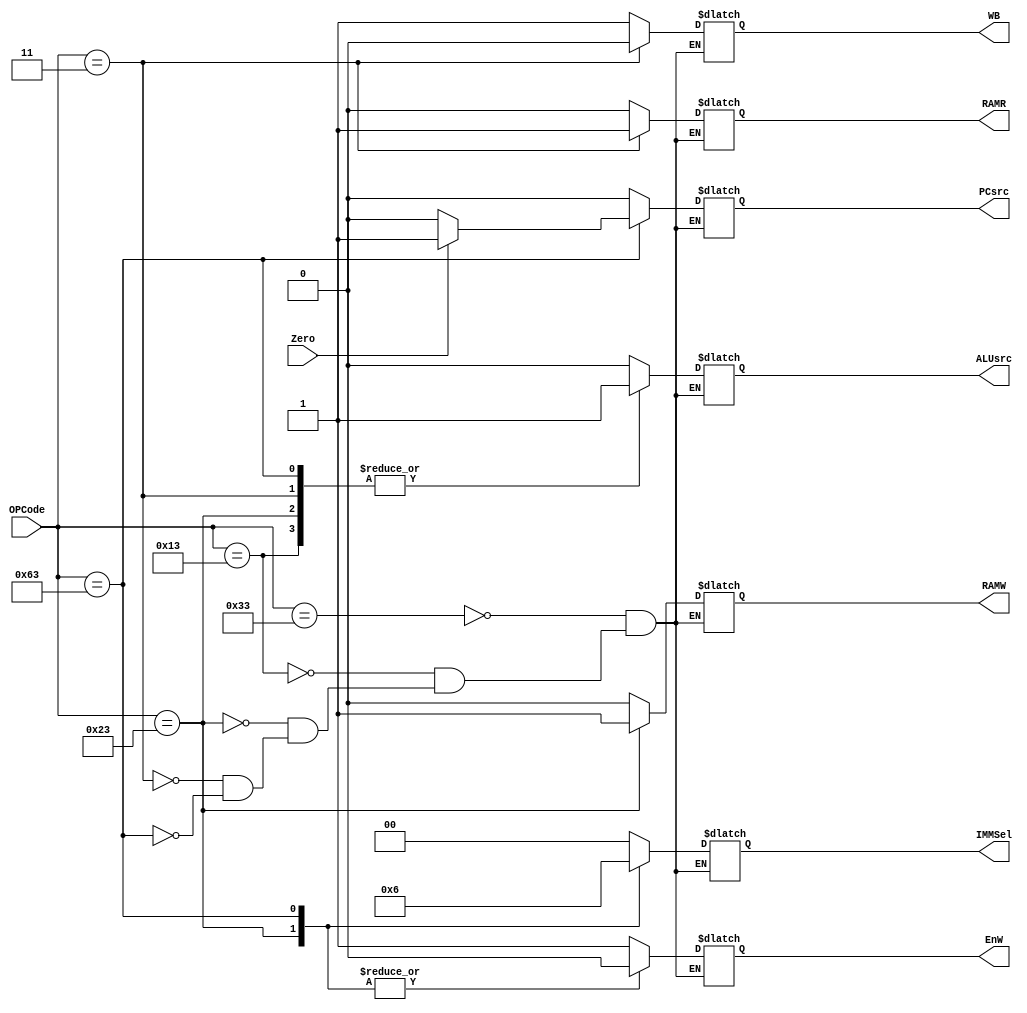
module Control(PCsrc, EnW, IMMSel, ALUsrc, RAMW, WB, RAMR, Zero, OPCode);

output reg [1:0] IMMSel;
output reg PCsrc, EnW, ALUsrc, RAMW, WB, RAMR;

input Zero;
input [6:0] OPCode;

always @(OPCode)
begin
	case(OPCode)
	7'b0110011 : begin
		PCsrc <= 0;
		EnW <= 1;
		IMMSel <= 2'b00;
		ALUsrc <= 0;
		RAMW <= 0;
		RAMR <= 0;
		WB <= 1;
		end
	7'b0010011 : begin
		PCsrc <= 0;
		EnW <= 1;
		IMMSel <= 2'b00;
		ALUsrc <= 1;
		RAMW <= 0;
		RAMR <= 0;
		WB <= 1;
		end
	7'b0100011 : begin
		PCsrc <= 0;
		EnW <= 0;
		IMMSel <= 2'b01;
		ALUsrc <= 1;
		RAMW <= 1;
		RAMR <= 0;
		WB <= 1;
		end
	7'b0000011 : begin
		PCsrc <= 0;
		EnW <= 1;
		IMMSel <= 2'b00;
		ALUsrc <= 1;
		RAMW <= 0;
		RAMR <= 1;
		WB <= 0;
		end
	7'b1100011 : begin
		if(Zero == 1)
			PCsrc <= 1;
		else
			PCsrc <= 0;
		EnW <= 0;
		IMMSel <= 2'b10;
		ALUsrc <= 1;
		RAMW <= 0;
		RAMR <= 0;
		WB <= 1;
		end
	endcase
end

endmodule